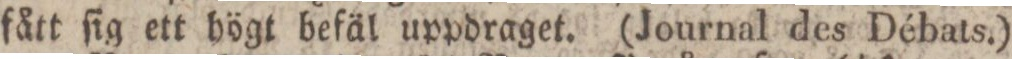
fått ſig ett högt befäl uppdraget. (Journal des Débats.)